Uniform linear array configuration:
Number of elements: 12
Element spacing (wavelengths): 0.75
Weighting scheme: exponential
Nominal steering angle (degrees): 15
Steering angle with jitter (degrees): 13.74
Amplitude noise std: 0.05
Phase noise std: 0.05

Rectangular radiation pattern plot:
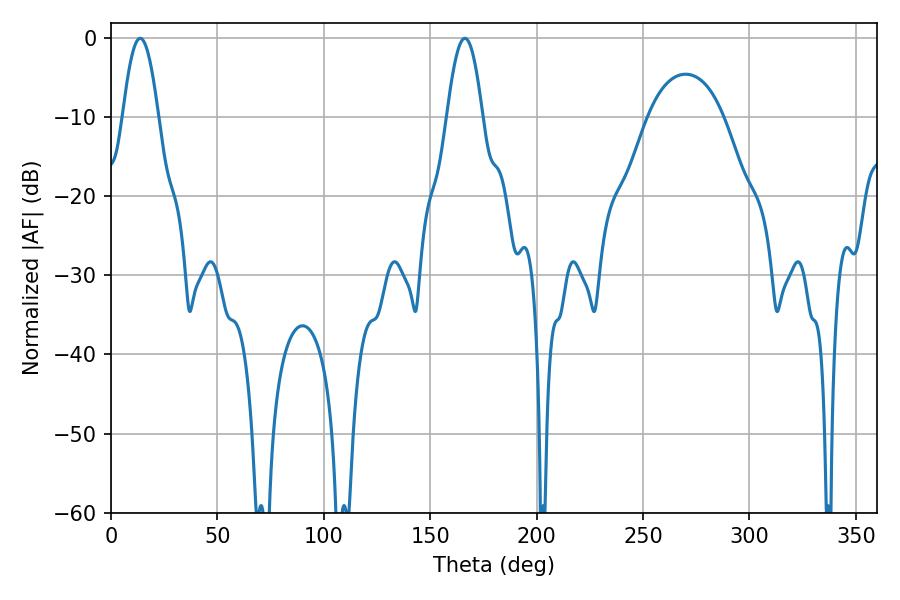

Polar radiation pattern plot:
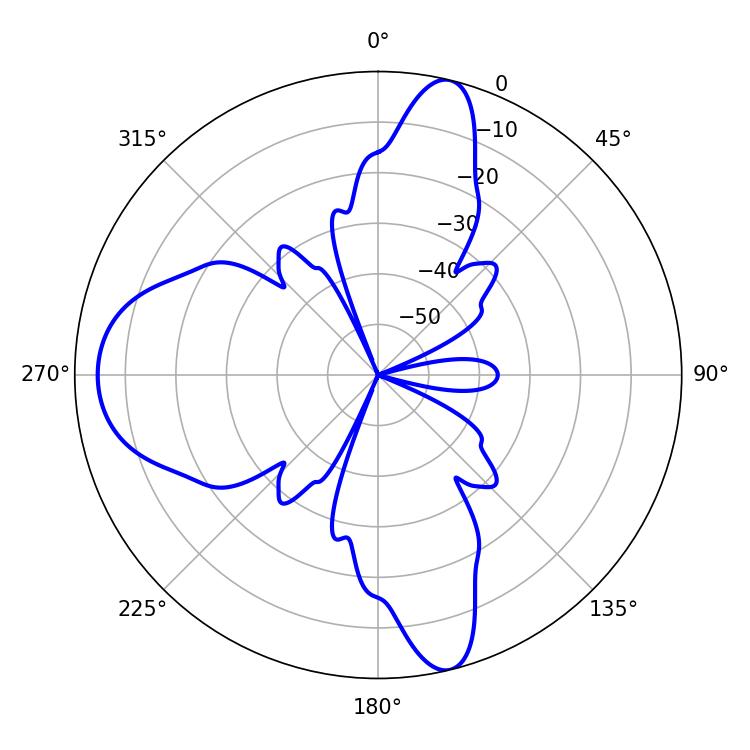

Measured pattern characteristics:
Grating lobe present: TRUE
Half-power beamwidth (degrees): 9.18
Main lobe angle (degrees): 13.68